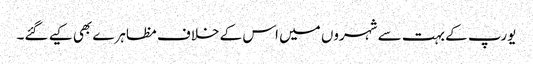
یورپ کے بہت سے شہروں میں اس کے خلاف مظاہرے بھی کیے گئے۔